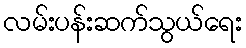
လမ်းပန်းဆက်သွယ်ရေး